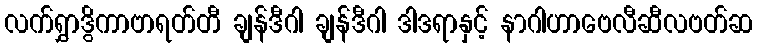
လက်ရွှာဒွိကာဗာရတ်တီ ချန်ဒီဂါ ချန်ဒီဂါ ဒါဒရာနှင့် နာဂါဟာဗေလီဆီလဗတ်ဆ